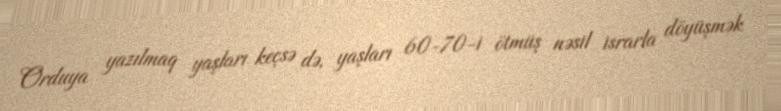
Orduya yazılmaq yaşları keçsə də, yaşları 60-70-i ötmüş nəsil israrla döyüşmək